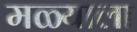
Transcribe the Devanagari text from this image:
मळ्याला